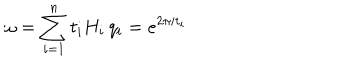
\omega = \sum _ { i = 1 } ^ { n } t _ { i } H _ { i } \, q _ { i } = e ^ { 2 \pi i t _ { i } }